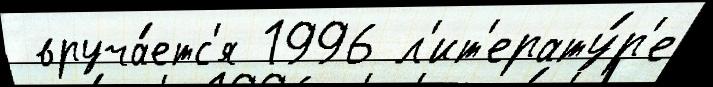
 вруча́етс'я 1996 л'ит'ерату́р'е